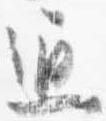
通